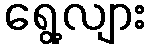
ရွေ့လျား